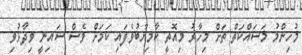
މުހިންމު މަސައްކަތް ތަށް މިހާރު މިއޮތީ ކާމިޔާބުވެފައި ކަމަށް ވެސް ޝައިނީ ވިދާޅުވި